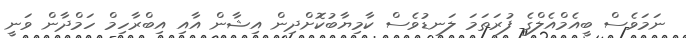
ނަމަވެސް ބީއެމްއެލްގެ ފުރަތަމަ ލަނޑުވެސް ކާމިޔާބުކޮށްދިން އިޝާން އާއި އިބްރާހިމް ހަމްދާން ވަނީ